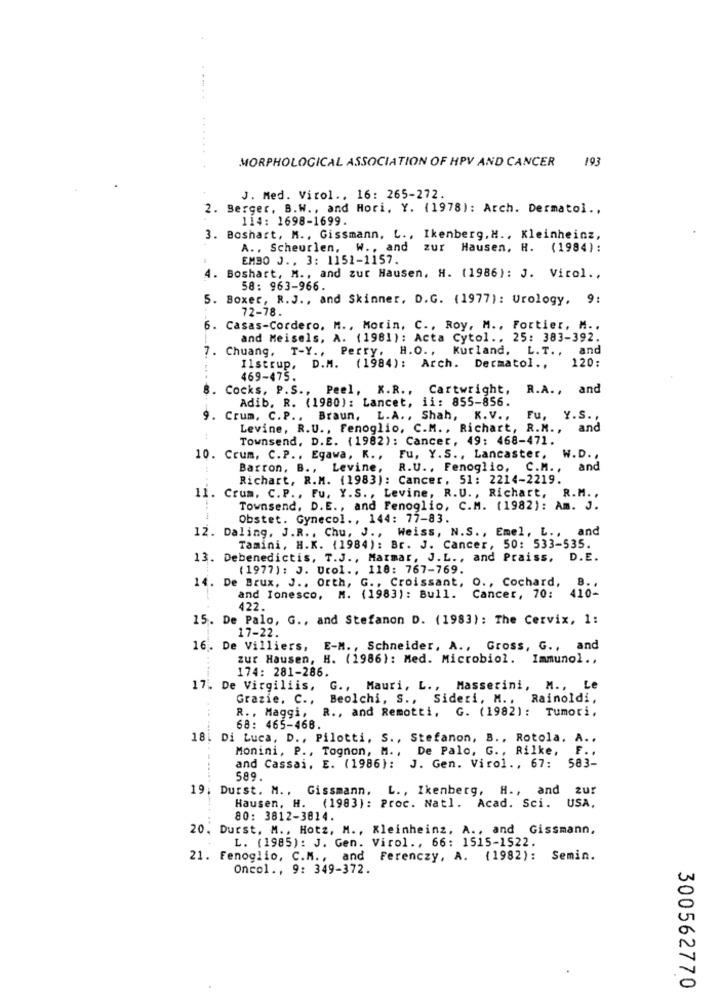
MORPHOLOGICAL ASSOCIATION OF HPV AND CANCER
193
J. Med. Virol .. 16: 265-272.
2. Berger, B.W ., and Hori, Y. (1978): Arch. Dermatol .,
114: 1698-1699.
3. Boshart, M ., Gissmann, L ., Ikenberg, H ., Kleinheinz,
A .. Scheurlen, W ., and zur Hausen, H. (1984):
EMBO J ., 3: 1151-1157.
. Boshart, M ., and zur Hausen, H. (1986): J. Virol ..
58: 963-966.
5. Boxer, R.J ., and Skinner, D.G. (1977): Urology, 9:
72-78.
6. Casas-Cordero. M ., Morin, C ., Roy, M ., Fortier, M ..
and Meisels, A. (1981 ): Acta Cytol ., 25: 383-392.
7.
Chuang,
T-Y ., Perry, H.O ., Kurland. L.T ., and
Ilstrup, D.M. (1984): Arch. Dermatol ., 120:
469-475.
8. Cocks, P.S .,
Peel, K.R ., Cartwright, R.A ., and
Adib. R. (1980): Lancet, ii: 855-856.
9. Crum, C.P .. Braun, L.A ., Shah, K.V ., Fu, Y.S. ,
Levine, R.U ., Fenoglio, C.M ., Richart, R.M ., and
Townsend, D.E. (1982): Cancer, 49: 468-471.
10. Crum, C.P .. Egawa, K ., Fu, Y.S ., Lancaster, W.D .,
Barron, B ., Levine, R.U ., Fenoglio, C.M ., and
Richart, R.M. (1983): Cancer, 51: 2214-2219.
11. Crum. C.P ., Fu, Y.S ., Levine, R.U ., Richart, R.M .,
Townsend, D.E ., and Fenoglio, C.M. (1982): Am. J.
Obstet. Gynecol ., 144: 77-83.
12. Daling, J.R ., Chu, J ., Weiss, N.S ., Emel, L ., and
Tamini, H.K. (1984): Br. J. Cancer, 50: 533-535.
13. Debenedictis, T.J ., Marmar, J.L ., and Praiss, D.E.
(1977) : J. Urol ., 118: 767-769.
14. De Brux, J ., Orth, G ., Croissant, O ., Cochard,
410-
B. .
and Ionesco, M. (1983): Bull.
Cancer, 70:
422.
15. De Palo, G ., and Stefanon D. (1983): The Cervix, 1:
17-22.
16. De Villiers, E-M ., Schneider, A ., Gross, G ., and
zur Hausen, H. (1986): Med. Microbiol. Immunol .,
174: 281-286.
17. De Virgiliis, G ., Mauri, L ., Masserini, M ., Le
Grazie. C ., Beolchi, S ., Sideri, M ., Rainoldi,
R. . Maggi,
R ., and Remotti, G. (1982): Tumori.
68: 465-468.
18. Di Luca, D ., Pilotti, S ., Stefanon, B ., Rotola. A ..
Monini, P ., Tognon, M. ,
, De Palo, G ., Rilke,
F . .
and Cassai, E. (1986): J. Gen. Virol ., 67: 583-
589.
19; Durst. M ., Gissmann. L ., Ikenberg, H ., and zur
Hausen, H. (1983): Proc. Natl. Acad. Sci. USA,
80: 3812-3814.
20, Durst, M ., Hotz, M ., Kleinheinz, A ., and Gissmann,
L. (1985): J. Gen. Virol ., 66: 1515-1522.
21. Fenoglio, C.M ., and Ferenczy, A. (1982): Semin.
Oncol ., 9: 349-372.
300562770